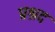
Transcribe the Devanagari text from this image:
प्रश्नद